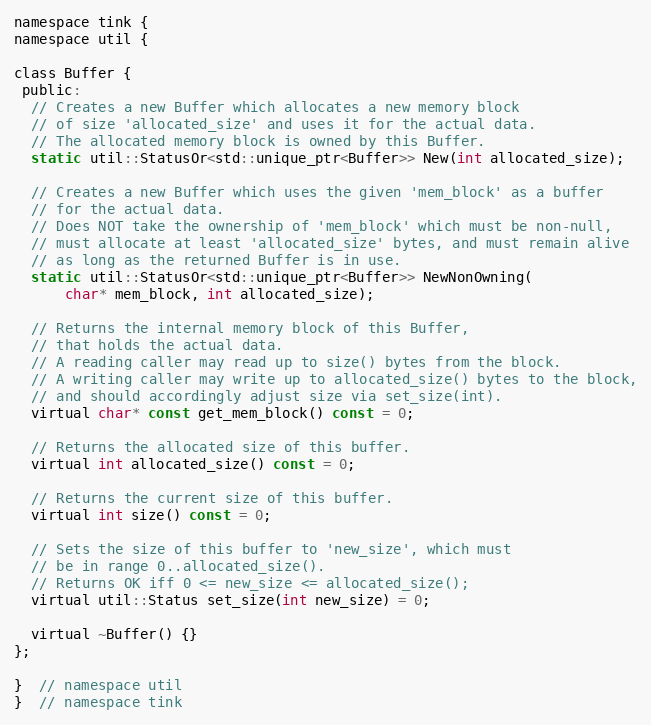
Language: C
namespace tink {
namespace util {

class Buffer {
 public:
  // Creates a new Buffer which allocates a new memory block
  // of size 'allocated_size' and uses it for the actual data.
  // The allocated memory block is owned by this Buffer.
  static util::StatusOr<std::unique_ptr<Buffer>> New(int allocated_size);

  // Creates a new Buffer which uses the given 'mem_block' as a buffer
  // for the actual data.
  // Does NOT take the ownership of 'mem_block' which must be non-null,
  // must allocate at least 'allocated_size' bytes, and must remain alive
  // as long as the returned Buffer is in use.
  static util::StatusOr<std::unique_ptr<Buffer>> NewNonOwning(
      char* mem_block, int allocated_size);

  // Returns the internal memory block of this Buffer,
  // that holds the actual data.
  // A reading caller may read up to size() bytes from the block.
  // A writing caller may write up to allocated_size() bytes to the block,
  // and should accordingly adjust size via set_size(int).
  virtual char* const get_mem_block() const = 0;

  // Returns the allocated size of this buffer.
  virtual int allocated_size() const = 0;

  // Returns the current size of this buffer.
  virtual int size() const = 0;

  // Sets the size of this buffer to 'new_size', which must
  // be in range 0..allocated_size().
  // Returns OK iff 0 <= new_size <= allocated_size();
  virtual util::Status set_size(int new_size) = 0;

  virtual ~Buffer() {}
};

}  // namespace util
}  // namespace tink